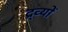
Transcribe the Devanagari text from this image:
द्र्व्यों